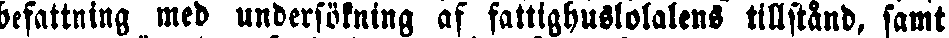
befattning med undersökning af fattighuslokalens tillstånd, samt